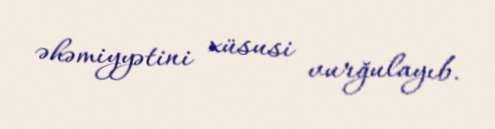
əhəmiyyətini xüsusi vurğulayıb.